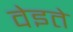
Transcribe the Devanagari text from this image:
वेइते